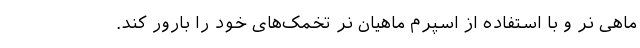
ماهی نر و با استفاده از اسپرم ماهیان نر تخمک‌های خود را بارور کند.